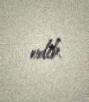
edib.